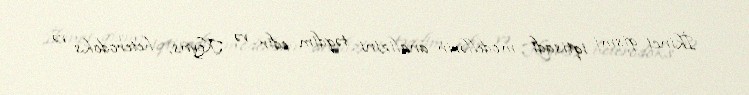
İkinci qismi iqtisadi modellərin analizini təqdim edir və Keyns, heterodoks və